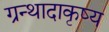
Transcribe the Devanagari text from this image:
ग्रन्थादाकृष्य